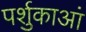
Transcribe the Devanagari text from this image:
पर्शुकाआं